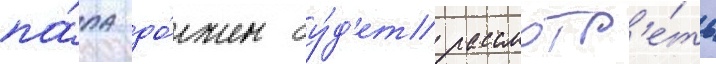
па́па до́лжен бу́д'ет рассмотр'е́ть